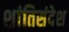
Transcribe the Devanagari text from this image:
शांतिसंदेश